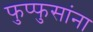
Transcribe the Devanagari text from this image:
फुप्फुसांना